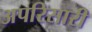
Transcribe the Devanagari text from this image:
अपरिसारी